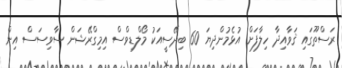
ރަސްތޫގައި ޤަވާއިދާ ހިލާފަށް އުޅެމުންދިޔަ 60 ބިދޭސީއަކު މޯލްޑިވްސް އިމިގްރޭޝަން ސާވިސަސް އިން